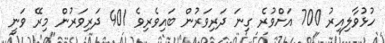
ހުޅުވާލިއިރު 700 އަށްވުރެ ގިނަ ދަރިވަރުން ބައިވެރިވެ 401 ދަރިވަރުން މިރޭ ވަނީ